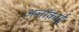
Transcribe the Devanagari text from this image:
अलॉक़ाई